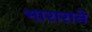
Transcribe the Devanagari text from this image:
भाराराने